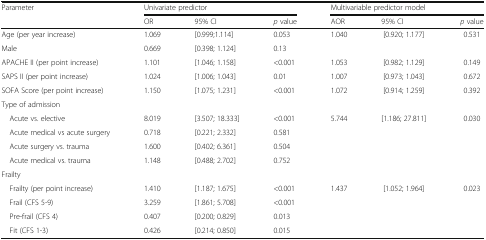
<table><thead><tr><td><b>Parameter</b></td><td colspan="3"><b>Univariate predictor</b></td><td colspan="3"><b>Multivariable predictor model</b></td></tr><tr><td></td><td><b>OR</b></td><td><b>95% CI</b></td><td><b><i>p</i> value</b></td><td><b>AOR</b></td><td><b>95% CI</b></td><td><b><i>p</i> value</b></td></tr></thead><tbody><tr><td>Age (per year increase)</td><td>1.069</td><td>[0.999;1.114]</td><td>0.053</td><td>1.040</td><td>[0.920; 1.177]</td><td>0.531</td></tr><tr><td>Male</td><td>0.669</td><td>[0.398; 1.124]</td><td>0.13</td><td></td><td></td><td></td></tr><tr><td>APACHE II (per point increase)</td><td>1.101</td><td>[1.046; 1.158]</td><td>&lt;0.001</td><td>1.053</td><td>[0.982; 1.129]</td><td>0.149</td></tr><tr><td>SAPS II (per point increase)</td><td>1.024</td><td>[1.006; 1.043]</td><td>0.01</td><td>1.007</td><td>[0.973; 1.043]</td><td>0.672</td></tr><tr><td>SOFA Score (per point increase)</td><td>1.150</td><td>[1.075; 1.231]</td><td>&lt;0.001</td><td>1.072</td><td>[0.914; 1.259]</td><td>0.392</td></tr><tr><td colspan="7">Type of admission</td></tr><tr><td> Acute vs. elective</td><td>8.019</td><td>[3.507; 18.333]</td><td>&lt;0.001</td><td>5.744</td><td>[1.186; 27.811]</td><td>0.030</td></tr><tr><td> Acute medical vs acute surgery</td><td>0.718</td><td>[0.221; 2.332]</td><td>0.581</td><td></td><td></td><td></td></tr><tr><td> Acute surgery vs. trauma</td><td>1.600</td><td>[0.402; 6.361]</td><td>0.504</td><td></td><td></td><td></td></tr><tr><td> Acute medical vs. trauma</td><td>1.148</td><td>[0.488; 2.702]</td><td>0.752</td><td></td><td></td><td></td></tr><tr><td colspan="7">Frailty</td></tr><tr><td> Frailty (per point increase)</td><td>1.410</td><td>[1.187; 1.675]</td><td>&lt;0.001</td><td>1.437</td><td>[1.052; 1.964]</td><td>0.023</td></tr><tr><td> Frail (CFS 5-9)</td><td>3.259</td><td>[1.861; 5.708]</td><td>&lt;0.001</td><td></td><td></td><td></td></tr><tr><td> Pre-frail (CFS 4)</td><td>0.407</td><td>[0.200; 0.829]</td><td>0.013</td><td></td><td></td><td></td></tr><tr><td> Fit (CFS 1-3)</td><td>0.426</td><td>[0.214; 0.850]</td><td>0.015</td><td></td><td></td><td></td></tr></tbody></table>